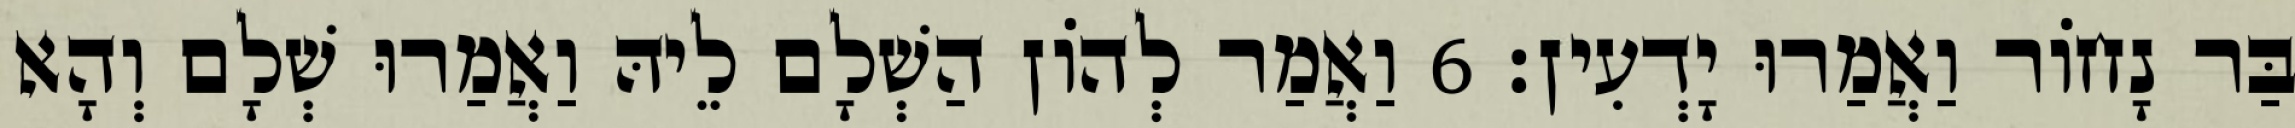
בַּר נָחוֹר וַאֲמַרוּ יָדְעִין׃ 6 וַאֲמַר לְהוֹן הַשְׁלָם לֵיהּ וַאֲמַרוּ שְׁלָם וְהָא